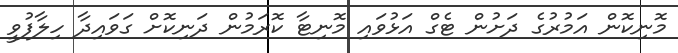
މޮނިކޮން އަމުރުގެ ދަށުން ޓެގް އަޅުވައި މޮނިޓާ ކޮރަމުން ދަނިކޮށް ގަވައިދާ ހިލާފުވީ